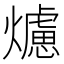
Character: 爈